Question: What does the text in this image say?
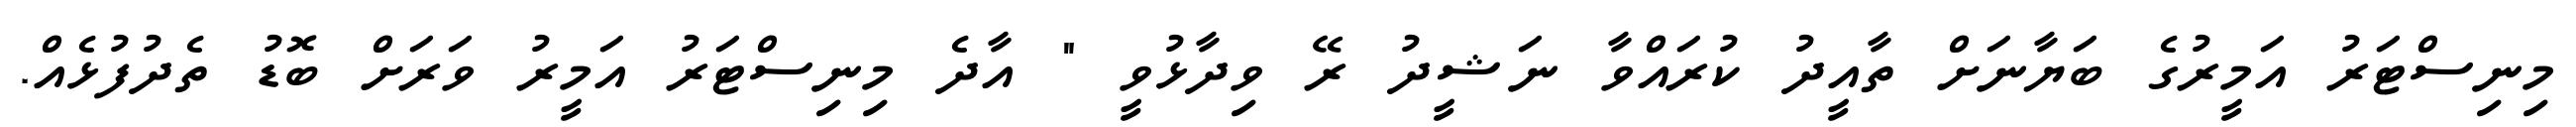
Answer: މިނިސްޓަރު އަމީރުގެ ބަޔާނަށް ތާއީދު ކުރައްވާ ނަޝީދު ރޭ ވިދާޅުވީ " އާދެ މިނިސްޓަރު އަމީރު ވަރަށް ބޮޑު ތެދުފުޅެއް.